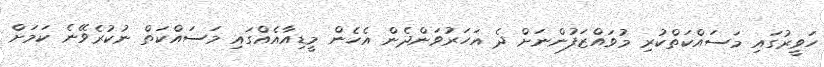
ހަވީރުގައި މަސައްކަތްކުރި މުވައްޒަފުންނަށް ދެ އަހަރުވަންދެން އެހެން މީޑިއާއެއްގައި މަސައްކަތް ނުކުރެވޭނެ ކަމަށް